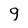
Character: 9